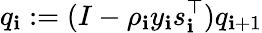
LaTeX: q_{\mathbf{i}}:=(I-\rho_{\mathbf{i}}y_{\mathbf{i}}s_{\mathbf{i}}^{\top})q_{\mathbf{i}+1}